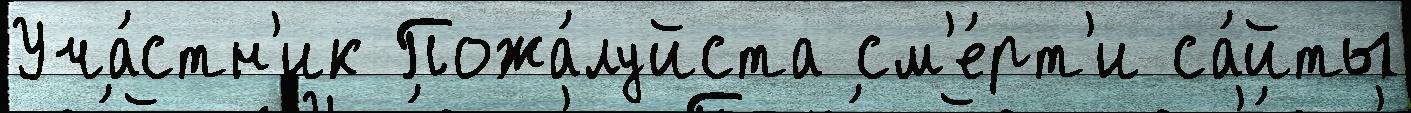
Уча́стн'ик Пожа́луйста см'е́рт'и са́йты